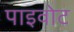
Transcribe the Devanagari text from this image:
पाइवोट